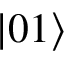
\left| 0 1 \right>